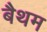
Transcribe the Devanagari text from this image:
बैथम